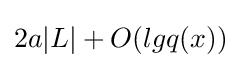
2a|L|+O(lgq(x))